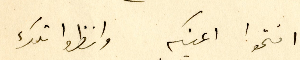
افتحوا اعينكم وانظروا تلك